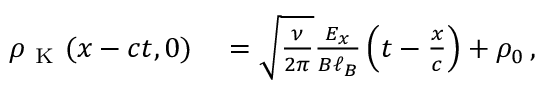
\begin{array} { r l } { \rho _ { \mathrm { ~ K ~ } } ( x - c t , 0 ) } & { { } = \sqrt { \frac { \nu } { 2 \pi } } \frac { E _ { x } } { B \ell _ { B } } \left( t - \frac { x } { c } \right) + \rho _ { 0 } \, , } \end{array}